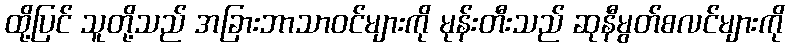
ထို့ပြင် သူတို့သည် အခြားဘာသာဝင်များကို မုန်းတီးသည် ဆုနီမွတ်စလင်များကို